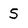
Character: S